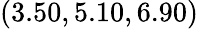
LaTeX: (3.50,5.10,6.90)